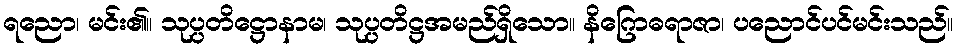
ရညော၊ မင်း၏။ သုပ္ပတိဋ္ဌောနာမ၊ သုပ္ပတိဋ္ဌအမည်ရှိသော။ နိဂြောဓရာဇာ၊ ပညောင်ပင်မင်းသည်။